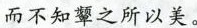
而不知颦之所以没